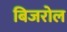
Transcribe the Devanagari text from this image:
बिजरोल